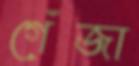
গেঁজা